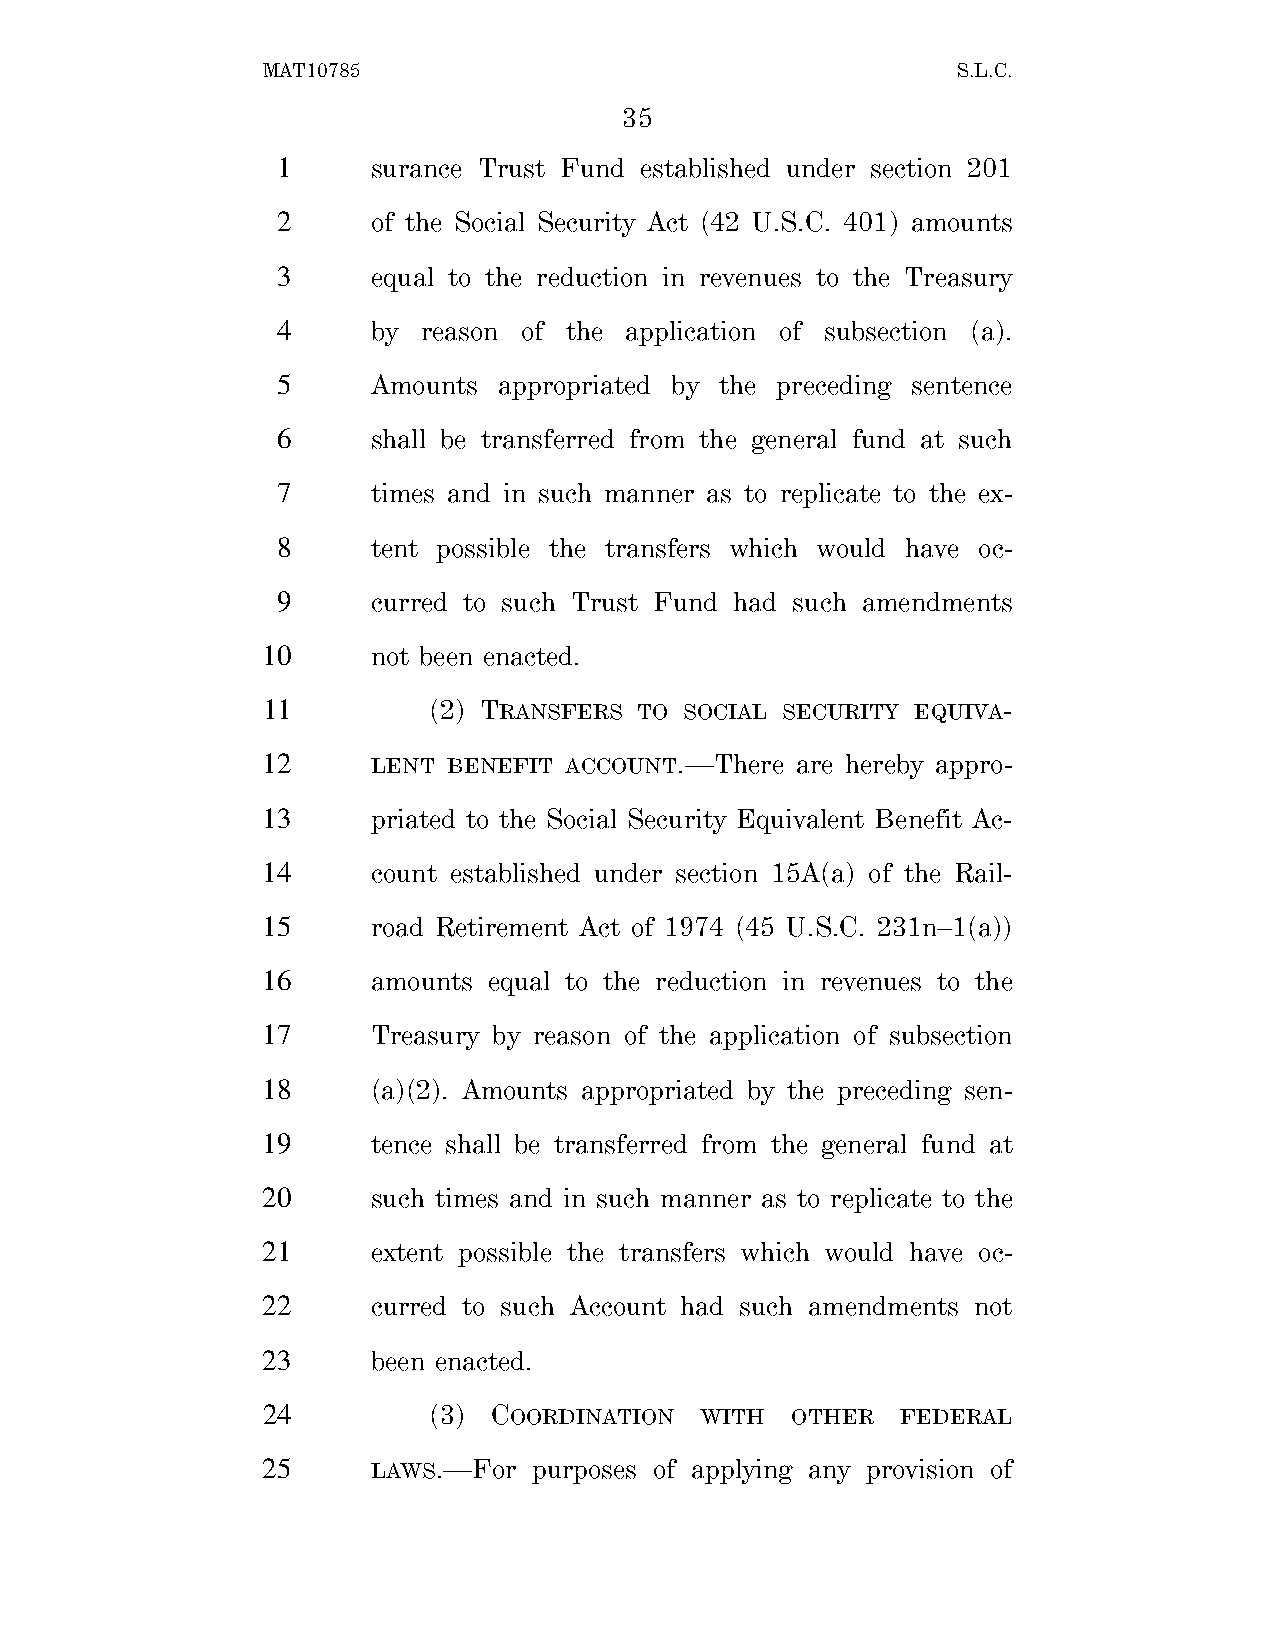
MAT10785                                      S.L.C.
 35
 1      surance Trust Fund established under section 201
 2      of the Social Security Act (42 U.S.C. 401) amounts
 3      equal to the reduction in revenues to the Treasury
 4      by reason of the application of subsection (a).
 5      Amounts appropriated by the preceding sentence
 6      shall be transferred from the general fund at such
 7      times and in such manner as to replicate to the ex-
 8      tent possible the transfers which would have oc-
 9      curred to such Trust Fund had such amendments
 10      not been enacted.
 11         (2) TRANSFERS TO SOCIAL SECURITY EQUIVA-
 12      LENT BENEFIT ACCOUNT.—There are hereby appro-
 13      priated to the Social Security Equivalent Benefit Ac-
 14      count established under section 15A(a) of the Rail-
 15      road Retirement Act of 1974 (45 U.S.C. 231n–1(a))
 16      amounts equal to the reduction in revenues to the
 17      Treasury by reason of the application of subsection
 18      (a)(2). Amounts appropriated by the preceding sen-
 19      tence shall be transferred from the general fund at
 20      such times and in such manner as to replicate to the
 21      extent possible the transfers which would have oc-
 22      curred to such Account had such amendments not
 23      been enacted.
 24         (3)  COORDINATION WITH  OTHER   FEDERAL
 25      LAWS.—For purposes of applying any provision of